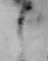
し